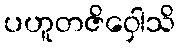
ပဟူတဇိဝှေါသိ